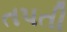
તપતી